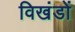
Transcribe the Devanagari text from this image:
विखंडों